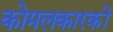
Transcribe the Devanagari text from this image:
कोमलकारकों